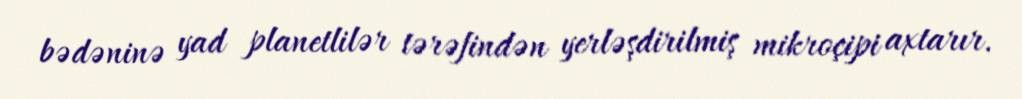
bədəninə yad planetlilər tərəfindən yerləşdirilmiş mikroçipi axtarır.